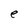
Character: e